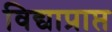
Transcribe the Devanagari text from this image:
विद्याप्राप्त